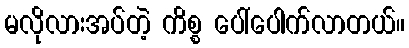
မလိုလားအပ်တဲ့ ကိစ္စ ပေါ်ပေါက်လာတယ်။